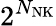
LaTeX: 2^{N_{\mathrm{NK}}}